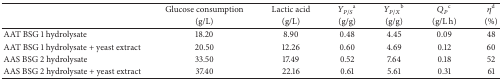
| <ROWSPAN=2>  | Glucose consumption | Lactic acid | YP/Sa | YP/Xb | QPc | ηd |
 | (g/L) | (g/L) | (g/g) | (g/g) | (g/L h) | (%) |
 | --- | --- | --- | --- | --- | --- | --- |
 | AAT BSG 1 hydrolysate | 18.20 | 8.90 | 0.48 | 4.45 | 0.09 | 48 |
 | AAT BSG 1 hydrolysate + yeast extract | 20.50 | 12.26 | 0.60 | 4.69 | 0.12 | 60 |
 | AAS BSG 2 hydrolysate | 33.50 | 17.49 | 0.52 | 7.64 | 0.18 | 52 |
 | AAS BSG 2 hydrolysate + yeast extract | 37.40 | 22.16 | 0.61 | 5.61 | 0.31 | 61 |